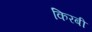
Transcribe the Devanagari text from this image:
किरबी